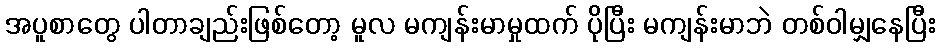
အပူစာတွေ ပါတာချည်းဖြစ်တော့ မူလ မကျန်းမာမှုထက် ပိုပြီး မကျန်းမာဘဲ တစ်ဝါမျှနေပြီး